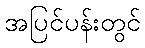
အပြင်ပန်းတွင်